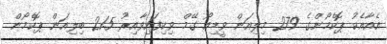
އެއާއެކު ޕޮކެމޯންގެ 279 މިލިއަން ވީޑިއޯ ގޭމް ވިކިފައިވާއިރު 21.5 ބިލިއަން ޕޮކެމޯން